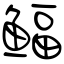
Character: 鲾